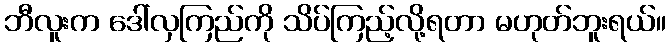
ဘီလူးက ဒေါ်လှကြည်ကို သိပ်ကြည့်လို့ရတာ မဟုတ်ဘူးရယ်။